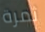
ثمرة